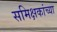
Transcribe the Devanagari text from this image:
समिक्षकांच्या